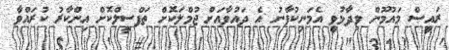
ރައީސް މައުމޫން ވިދާޅުވީ އެމަނިކުފާނު އެ ދައުވާއަށް ޖުމްލަކޮށް ތަފްސީލްކޮށް އިންކާރު ކުރައްވާ